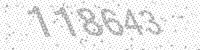
Solution: 118643